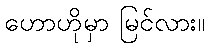
ဟောဟိုမှာ မြင်လား။